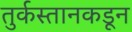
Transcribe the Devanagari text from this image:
तुर्कस्तानकडून